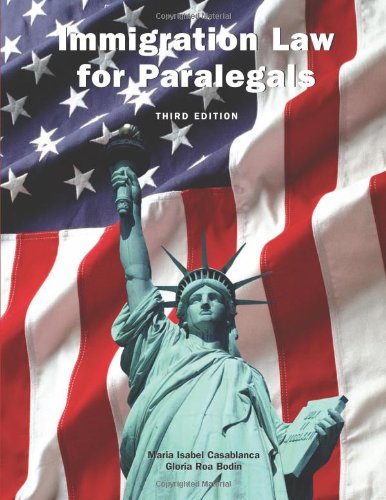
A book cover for Immigration Law for Paralegals; Maria Isabel Casablanca; Law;